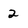
Character: 2